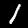
Digit: 1